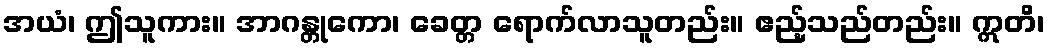
အယံ၊ ဤသူကား။ အာဂန္တုကော၊ ခေတ္တ ရောက်လာသူတည်း။ ဧည့်သည်တည်း။ ဣတိ၊